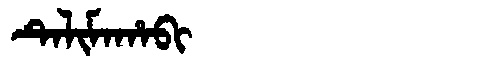
Manchu: ᡨᡝᠯᡳᠮᠠᡥᠠᠪᡳ
Romanization: TELIMAHABI